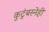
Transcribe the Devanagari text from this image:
कुटुंबस्नेही